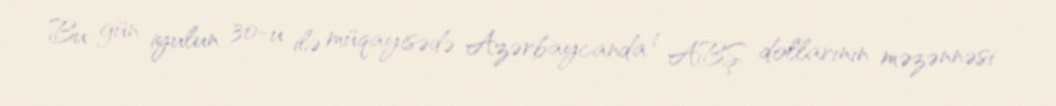
Bu gün iyulun 30-u ilə müqayisədə Azərbaycanda 1 ABŞ dollarının məzənnəsi